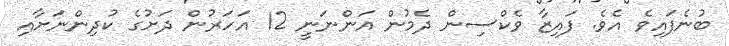
ބުނެފައިވެ އެވެ. ފައިޒާ ވެކްސިން ދެމުން އަންނަނީ 12 އަހަރުން ދަށުގެ ކުދިންނަށާއި